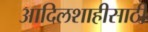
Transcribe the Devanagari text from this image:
आदिलशाहीसाठी